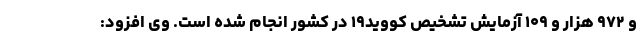
و ۹۷۲ هزار و ۱۰۹ آزمایش تشخیص کووید۱۹ در کشور انجام شده است. وی افزود: